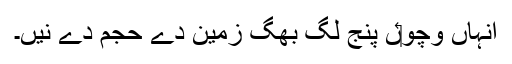
انہاں وچو‏ں پنج لگ بھگ زمین دے حجم دے نيں۔